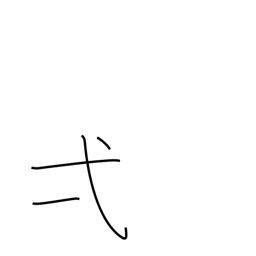
Meaning: one